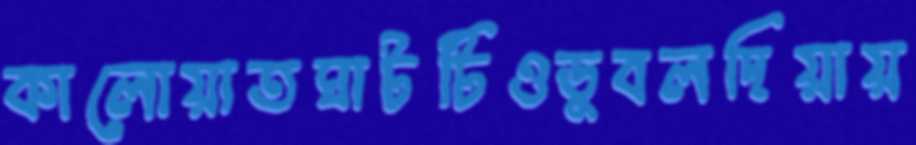
কালোয়াতঘাটটিওডুবলদিয়ায়